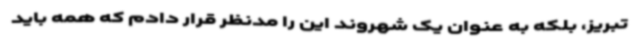
تبریز، بلکه به عنوان یک شهروند این را مدنظر قرار دادم که همه باید